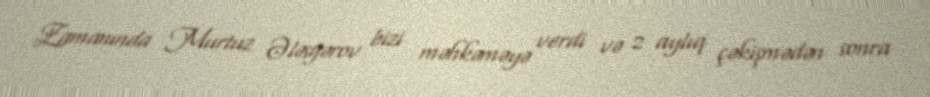
Zamanında Murtuz Ələsgərov bizi məhkəməyə verdi və 2 aylıq çəkişmədən sonra